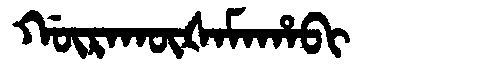
Manchu: ᡤᡡᡵᠠᡴᡡᡧᠠᠮᠠᡥᠠᠪᡳ
Romanization: GŪRAKŪŠAMAHABI